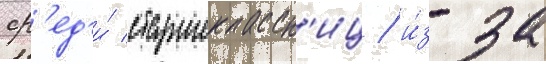
ср'ед'и́ старшеклассн'иц / и́з-за